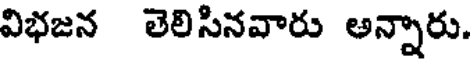
విభజన తెలిసినవారు అన్నారు.